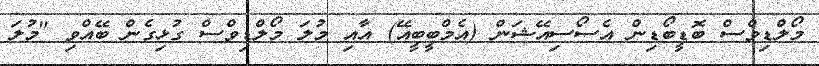
މޯލްޑިވްސް ބޮޑީބޯޑިން އެސޯސިއޭޝަން (އެމްބީބީއޭ) އާއި މުލަ މޯލްޑިވްސް ގުޅިގެން ބޭއްވި "މުލަ